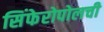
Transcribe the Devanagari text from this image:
सिंफेरोपोलची